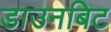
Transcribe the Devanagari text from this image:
डाउनबिट